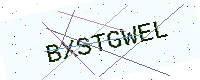
Text: BXSTGWEL